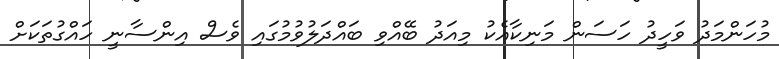
މުހަންމަދު ވަހީދު ހަސަން މަނިކާއެކު މިއަދު ބޭއްވި ބައްދަލުވުމުގައި ވެސް އިންސާނީ ހައްގުތަކަށް